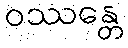
ဝဿန္တေ